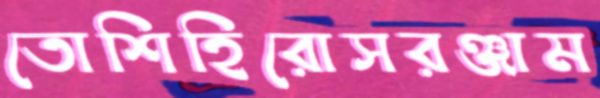
তোশিহিরোসরঞ্জাম